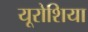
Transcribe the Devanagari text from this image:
यूरोशिया